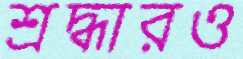
শ্রদ্ধারও